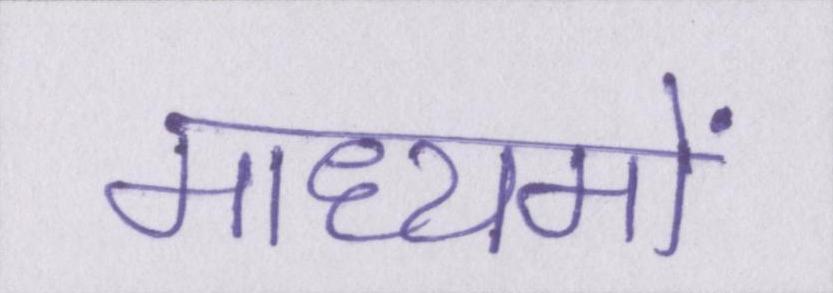
माध्यमों